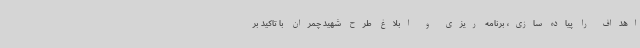
اهداف را پیاده سازی، برنامه ریزی و ابلاغ طرح شهید چمران با تاکید بر